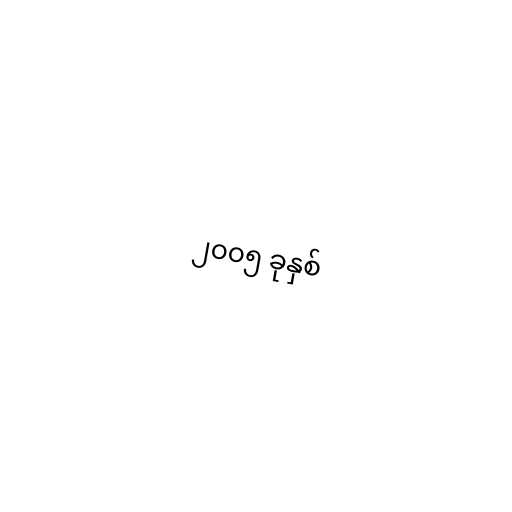
၂၀၀၅ ခုနှစ်